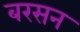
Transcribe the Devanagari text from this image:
बरसन